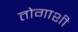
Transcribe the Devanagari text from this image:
तोगाशी